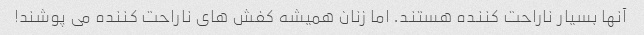
آنها بسیار ناراحت کننده هستند. اما زنان همیشه کفش های ناراحت کننده می پوشند!